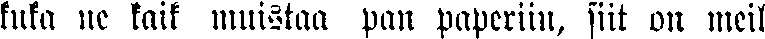
kuka ne kaik muistaa pan paperiin, siit on meil